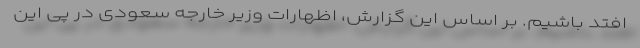
افتد باشیم. بر اساس این گزارش، اظهارات وزیر خارجه سعودی در پی این